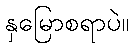
နှမြောစရာပဲ။